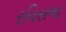
રવિસભા